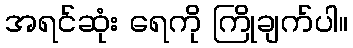
အရင်ဆုံး ရေကို ကြိုချက်ပါ။